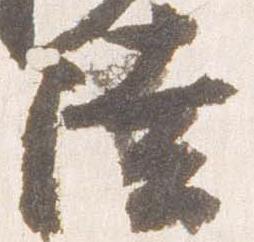
陸